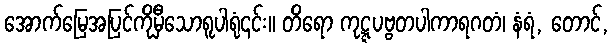
အောက်မြေအပြင်ကိုမှီသောရူပါရုံ၎င်း။ တိရော ကုဋ္ဋပဗ္ဗတပါကာရဂတံ၊ နံရံ, တောင်,